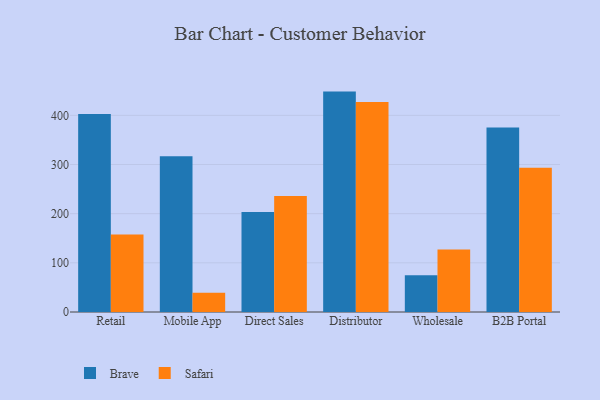
{"axis": {"x": "Channel", "y": "Headcount"}, "legend": ["Brave", "Safari"], "data": [{"x": "Retail", "y": 402.7, "type": "Brave"}, {"x": "Retail", "y": 157.5, "type": "Safari"}, {"x": "Mobile App", "y": 316.6, "type": "Brave"}, {"x": "Mobile App", "y": 39.4, "type": "Safari"}, {"x": "Direct Sales", "y": 203.6, "type": "Brave"}, {"x": "Direct Sales", "y": 235.7, "type": "Safari"}, {"x": "Distributor", "y": 448.3, "type": "Brave"}, {"x": "Distributor", "y": 427.1, "type": "Safari"}, {"x": "Wholesale", "y": 74.6, "type": "Brave"}, {"x": "Wholesale", "y": 127.3, "type": "Safari"}, {"x": "B2B Portal", "y": 375.1, "type": "Brave"}, {"x": "B2B Portal", "y": 293.5, "type": "Safari"}]}